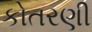
કોતરણી